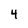
Character: 4